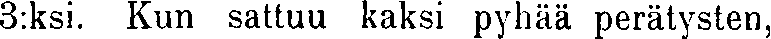
3:ksi. Kun sattuu kaksi pyhää perätysten,